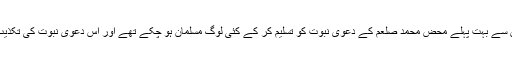
معجزوں کی جو کہانیاں پیش کی جاتی ہیں، وہ تو بہت بعد کا معاملہ ہے،حالانکہ اس سے بہت پہلے محض محمد صلعم کے دعویٰ نبوت کو تسلیم کر کے کئی لوگ مسلمان ہو چکے تھے اور اس دعویٰ نبوت کی تکذیب کر کے ابولہب جیسوں کی مذمت میں قرآن کی آیات باقاعدہ نام لے کر آ چکی تھیں۔